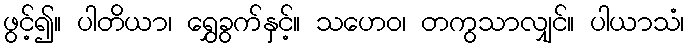
ဖွင့်၍။ ပါတိယာ၊ ရွှေခွက်နှင့်။ သဟေဝ၊ တကွသာလျှင်။ ပါယာသံ၊